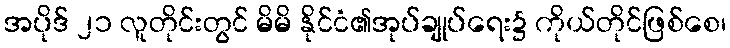
အပိုဒ် ၂၁ လူတိုင်းတွင် မိမိ နိုင်ငံ၏အုပ်ချုပ်ရေး၌ ကိုယ်တိုင်ဖြစ်စေ၊